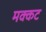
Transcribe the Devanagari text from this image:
मक्कट